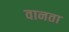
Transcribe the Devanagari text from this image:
वानता